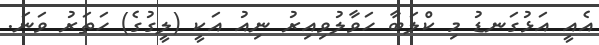
އެއީ އަޅުގަނޑު މި ކްލަބާ ހަވާލުވިއިރު ނިއު އަކީ (ލީގުގެ) ހަތަރު ވަނަ.